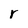
Character: r